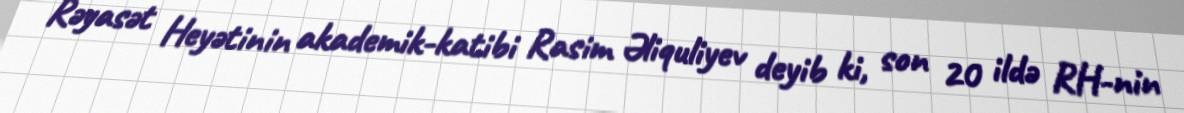
Rəyasət Heyətinin akademik-katibi Rasim Əliquliyev deyib ki, son 20 ildə RH-nin